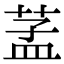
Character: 䓝